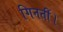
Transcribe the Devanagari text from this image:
गिनतीं।